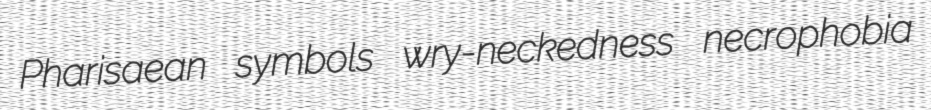
Pharisaean symbols wry-neckedness necrophobia